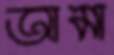
আমা